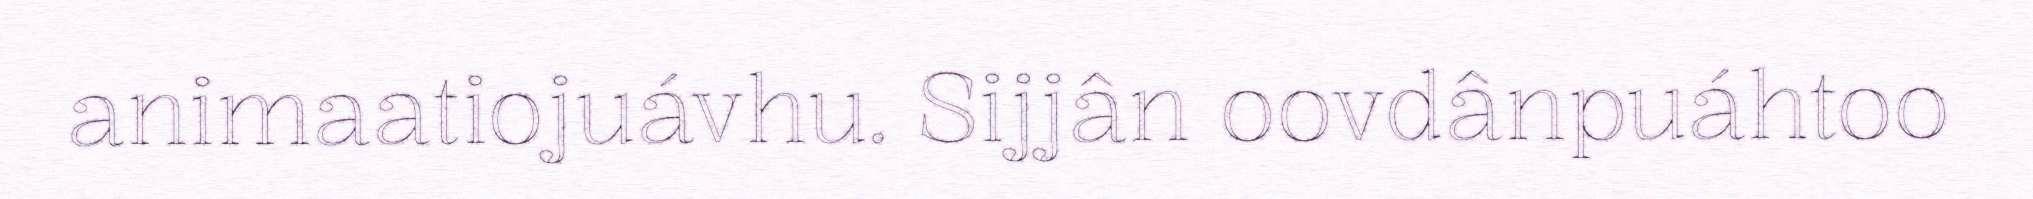
animaatiojuávhu. Sijjân oovdânpuáhtoo